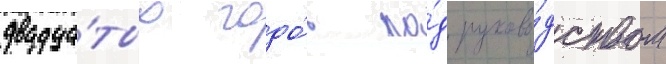
двадца́тых годо́в по́д руково́дством